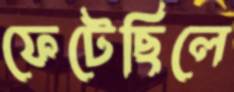
ফেটেছিলে